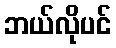
ဘယ်လိုပင်